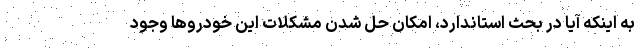
به اینکه آیا در بحث استاندارد، امکان حل شدن مشکلات این خودروها وجود